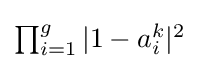
{\textstyle \prod _{i=1}^{g}{|1-a_{i}^{k}|^{2}}}